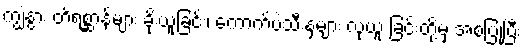
ကျွဲနွား တိရစ္ဆာန်များ ခိုးယူခြင်း၊ ကောက်ပဲသီးနှံများ လုယူ ခြင်းတို့မှ အစပြုပြီး